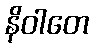
နိဝါတေ